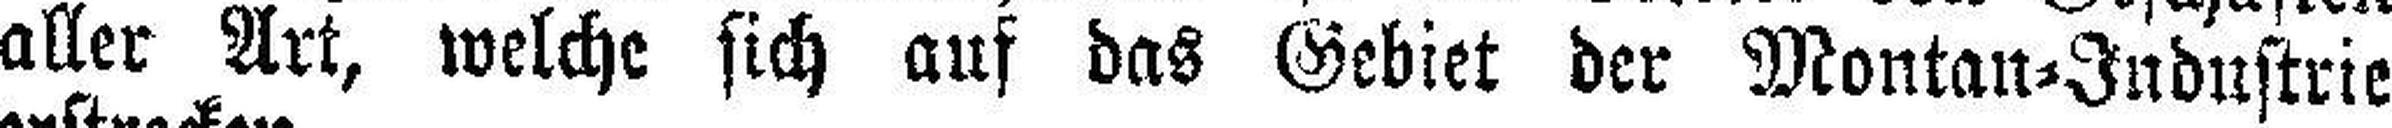
aller Art, welche sich auf das Gebiet der Montan=Industrie